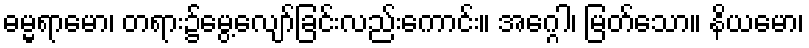
ဓမ္မရာမော၊ တရား၌မွေ့လျော်ခြင်းလည်းကောင်း။ အဂ္ဂေါ၊ မြတ်သော။ နိယမော၊